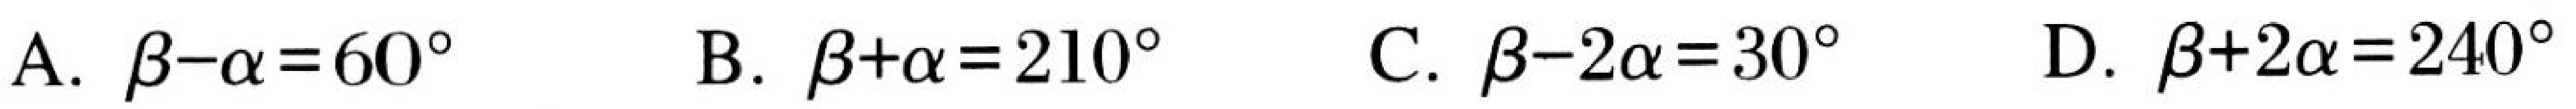
A. \(\beta-\alpha = 60^{\circ}\)  B. \(\beta+\alpha = 210^{\circ}\)  C. \(\beta - 2\alpha=30^{\circ}\)  D. \(\beta+2\alpha = 240^{\circ}\)